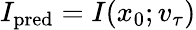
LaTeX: I_{\mathrm{pred}}=I(x_{0};v_{\tau})